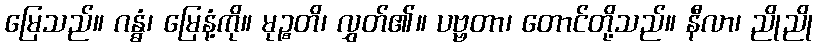
မြေသည်။ ဂန္ဓံ၊ မြေနံ့ကို။ မုဉ္စတိ၊ လွှတ်၏။ ပဗ္ဗတာ၊ တောင်တို့သည်။ နီလာ၊ ညိုညို